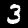
Digit: 3